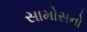
સામોસનો